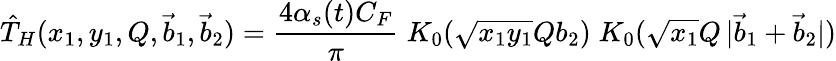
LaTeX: \hat{T}_{H}(x_{1},y_{1},Q,\vec{b}_{1},\vec{b}_{2})=\frac{4\alpha_{s}(t)C_{F}}{\pi}\; K_{0}(\sqrt{x_{1}y_{1}}Qb_{2})\; K_{0}(\sqrt{x_{1}}Q\, |\vec{b}_{1}+\vec{b}_{2}|)